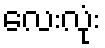
လေးလုံး